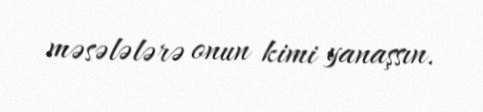
məsələlərə onun kimi yanaşsın.